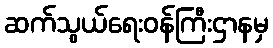
ဆက်သွယ်ရေးဝန်ကြီးဌာနမှ